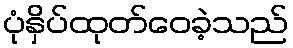
ပုံနှိပ်ထုတ်ဝေခဲ့သည်